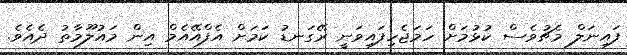
ފައިނަލް މެޗުވެސް ކުޅުމަށް ހަމަޖެހިފައިވަނީ ރޭގަނޑު ކަމަށް އެފްއޭއެމް އިން މައުލޫމާތު ދެއެވެ.